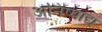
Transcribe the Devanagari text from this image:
अनिष्पाद्य